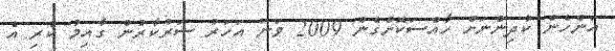
އަންހެން ކުދިންނަށް ހާއްސަކޮށްގެން 2009 ވަނަ އަހަރު ސަރުކާރުން ގާއިމު ކުރި އެ